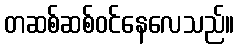
တဆစ်ဆစ်ဝင်နေလေသည်။